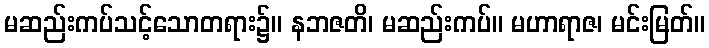
မဆည်းကပ်သင့်သောတရား၌။ နဘဇတိ၊ မဆည်းကပ်။ မဟာရာဇ၊ မင်းမြတ်။